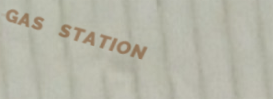
GAS STATION